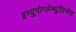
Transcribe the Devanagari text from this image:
इम्युनोग्लेब्युलिनेस